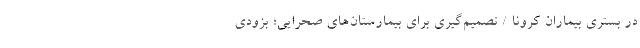
در بستری بیماران کرونا / تصمیم‌گیری برای بیمارستان‌های صحرایی؛ بزودی